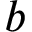
b